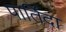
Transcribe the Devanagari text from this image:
पार्तिदा